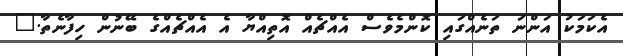
އެކަމަކު އަންނަ ތަނެއްގައި ކޮންމެވެސް އެއްޗެއް އޮތިއްޔާ އެ އެއްޗެއްގެ ބޭނުން ހިފާނެތާ."